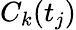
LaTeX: C_{k}(t_{j})